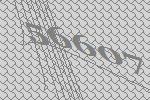
56607